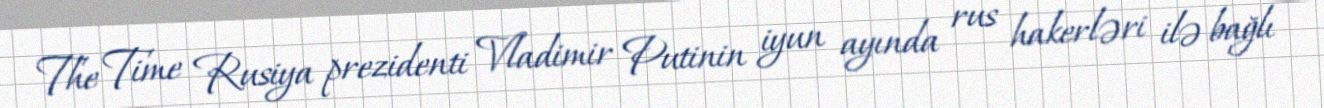
The Time Rusiya prezidenti Vladimir Putinin iyun ayında rus hakerləri ilə bağlı